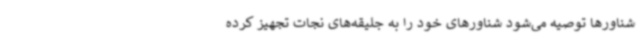
شناورها توصیه می‌شود شناورهای خود را به جلیقه‌های نجات تجهیز کرده